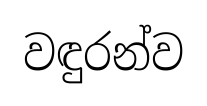
වඳුරන්ව